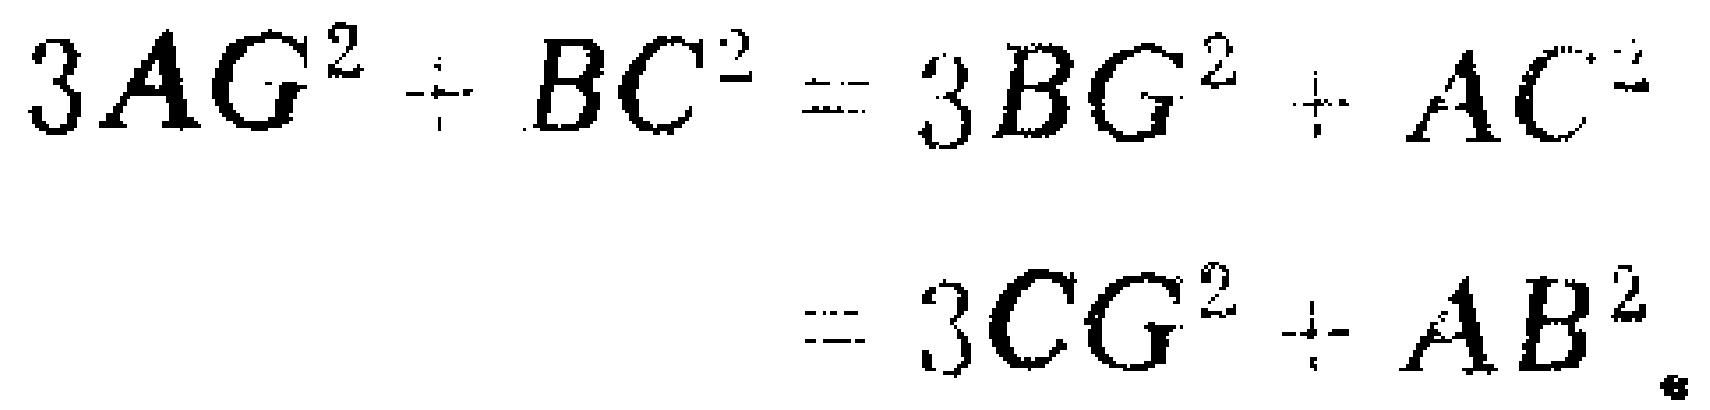
\[
\begin{align*}
3AG^{2}+BC^{2}&=3BG^{2}+AC^{2}\\
&=3CG^{2}+AB^{2}.
\end{align*}
\]